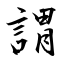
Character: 謂